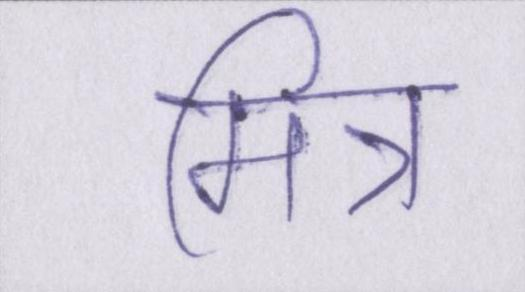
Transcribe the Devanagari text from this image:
मित्र